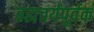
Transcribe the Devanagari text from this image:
ब्रह्मचर्यपूर्वक